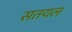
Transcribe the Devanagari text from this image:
सतयल